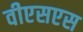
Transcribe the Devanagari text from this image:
वीएसएस